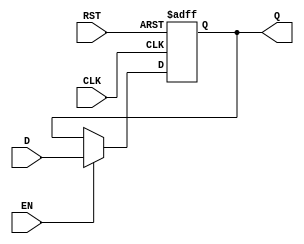
module D_FF #(
    parameter WIDTH = 32
) (
    input CLK, RST, EN,
    input [WIDTH-1:0] D,
    output reg [WIDTH-1:0] Q
);
    
    always @(posedge CLK, negedge RST) begin
        if (!RST) begin
            Q <= {WIDTH{1'b0}};
        end
        else if (EN) begin
            Q <= D;
        end
    end
endmodule